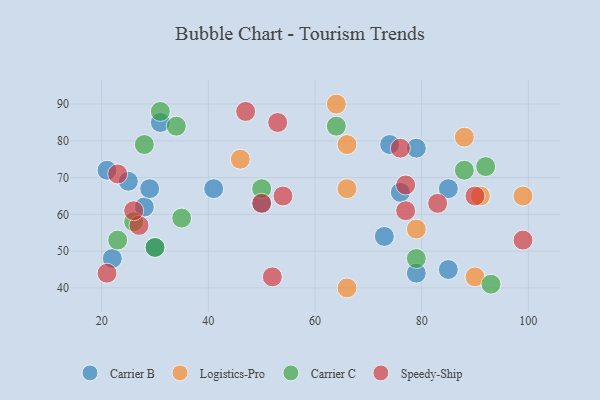
{"axis": {"x": "GDP", "y": "Life Expectancy"}, "legend": ["Carrier B", "Carrier C", "Logistics-Pro", "Speedy-Ship"], "data": [{"x": "31", "y": 85, "type": "Carrier B"}, {"x": "50", "y": 63, "type": "Carrier B"}, {"x": "73", "y": 54, "type": "Carrier B"}, {"x": "25", "y": 69, "type": "Carrier B"}, {"x": "74", "y": 79, "type": "Carrier B"}, {"x": "85", "y": 45, "type": "Carrier B"}, {"x": "30", "y": 51, "type": "Carrier B"}, {"x": "22", "y": 48, "type": "Carrier B"}, {"x": "85", "y": 67, "type": "Carrier B"}, {"x": "21", "y": 72, "type": "Carrier B"}, {"x": "79", "y": 78, "type": "Carrier B"}, {"x": "79", "y": 44, "type": "Carrier B"}, {"x": "76", "y": 66, "type": "Carrier B"}, {"x": "28", "y": 62, "type": "Carrier B"}, {"x": "29", "y": 67, "type": "Carrier B"}, {"x": "41", "y": 67, "type": "Carrier B"}, {"x": "46", "y": 75, "type": "Logistics-Pro"}, {"x": "66", "y": 40, "type": "Logistics-Pro"}, {"x": "64", "y": 90, "type": "Logistics-Pro"}, {"x": "66", "y": 79, "type": "Logistics-Pro"}, {"x": "90", "y": 43, "type": "Logistics-Pro"}, {"x": "79", "y": 56, "type": "Logistics-Pro"}, {"x": "91", "y": 65, "type": "Logistics-Pro"}, {"x": "66", "y": 67, "type": "Logistics-Pro"}, {"x": "88", "y": 81, "type": "Logistics-Pro"}, {"x": "99", "y": 65, "type": "Logistics-Pro"}, {"x": "28", "y": 79, "type": "Carrier C"}, {"x": "50", "y": 67, "type": "Carrier C"}, {"x": "79", "y": 48, "type": "Carrier C"}, {"x": "30", "y": 51, "type": "Carrier C"}, {"x": "23", "y": 53, "type": "Carrier C"}, {"x": "35", "y": 59, "type": "Carrier C"}, {"x": "34", "y": 84, "type": "Carrier C"}, {"x": "26", "y": 58, "type": "Carrier C"}, {"x": "93", "y": 41, "type": "Carrier C"}, {"x": "64", "y": 84, "type": "Carrier C"}, {"x": "31", "y": 88, "type": "Carrier C"}, {"x": "92", "y": 73, "type": "Carrier C"}, {"x": "88", "y": 72, "type": "Carrier C"}, {"x": "53", "y": 85, "type": "Speedy-Ship"}, {"x": "23", "y": 71, "type": "Speedy-Ship"}, {"x": "27", "y": 57, "type": "Speedy-Ship"}, {"x": "47", "y": 88, "type": "Speedy-Ship"}, {"x": "52", "y": 43, "type": "Speedy-Ship"}, {"x": "76", "y": 78, "type": "Speedy-Ship"}, {"x": "77", "y": 68, "type": "Speedy-Ship"}, {"x": "21", "y": 44, "type": "Speedy-Ship"}, {"x": "54", "y": 65, "type": "Speedy-Ship"}, {"x": "83", "y": 63, "type": "Speedy-Ship"}, {"x": "99", "y": 53, "type": "Speedy-Ship"}, {"x": "90", "y": 65, "type": "Speedy-Ship"}, {"x": "50", "y": 63, "type": "Speedy-Ship"}, {"x": "77", "y": 61, "type": "Speedy-Ship"}, {"x": "26", "y": 61, "type": "Speedy-Ship"}]}